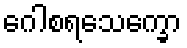
ဂေါစရသေက္ခော